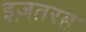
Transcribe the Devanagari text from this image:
इज़तरह